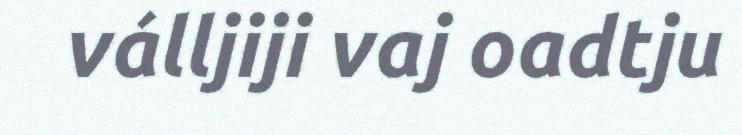
válljiji vaj oadtju